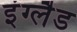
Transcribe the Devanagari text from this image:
इंग्‍लैड